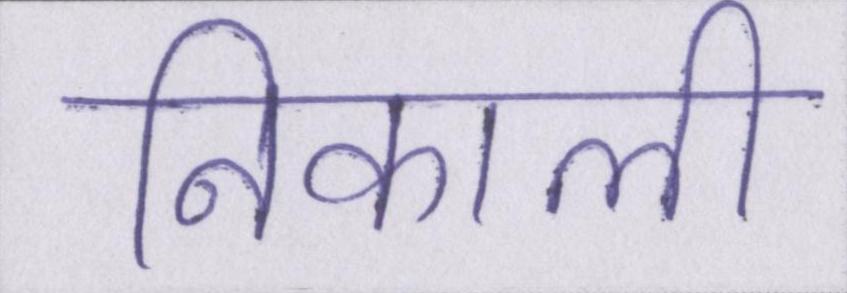
निकाली